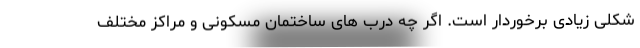
شکلی زیادی برخوردار است. اگر چه درب های ساختمان مسکونی و مراکز مختلف